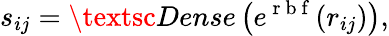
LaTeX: s_{ij}=\textsc{Dense}\left(e^{\mathrm{~r~b~f~}}(r_{ij})\right),